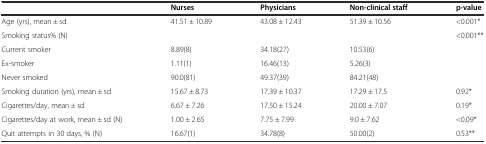
<table><thead><tr><td></td><td><b>Nurses</b></td><td><b>Physicians</b></td><td><b>Non-clinical staff</b></td><td><b>p-value</b></td></tr></thead><tbody><tr><td>Age (yrs), mean ± sd</td><td>41.51 ± 10.89</td><td>43.08 ± 12.43</td><td>51.39 ± 10.56</td><td>&lt;0.001*</td></tr><tr><td>Smoking status% (N)</td><td></td><td></td><td></td><td>&lt;0.001**</td></tr><tr><td>Current smoker</td><td>8.89(8)</td><td>34.18(27)</td><td>10.53(6)</td><td></td></tr><tr><td>Ex-smoker</td><td>1.11(1)</td><td>16.46(13)</td><td>5.26(3)</td><td></td></tr><tr><td>Never smoked</td><td>90.0(81)</td><td>49.37(39)</td><td>84.21(48)</td><td></td></tr><tr><td>Smoking duration (yrs), mean ± sd</td><td>15.67 ± 8.73</td><td>17.39 ± 10.37</td><td>17.29 ± 17.5</td><td>0.92*</td></tr><tr><td>Cigarettes/day, mean ± sd</td><td>6.67 ± 7.26</td><td>17.50 ± 15.24</td><td>20.00 ± 7.07</td><td>0.19*</td></tr><tr><td>Cigarettes/day at work, mean ± sd (N)</td><td>1.00 ± 2.65</td><td>7.75 ± 7.99</td><td>9.0 ± 7.62</td><td>&lt;0.09*</td></tr><tr><td>Quit attempts in 30 days, % (N)</td><td>16.67(1)</td><td>34.78(8)</td><td>50.00(2)</td><td>0.53**</td></tr></tbody></table>